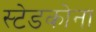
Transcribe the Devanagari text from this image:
स्टेडकोना